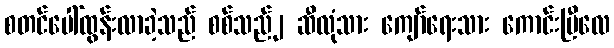
စတင်ပေါ်ထွန်းလာခဲ့သည် စစ်သည်၂ ဆီလုံသား ကျော်ရေးသား ကောင်းပြီလေ